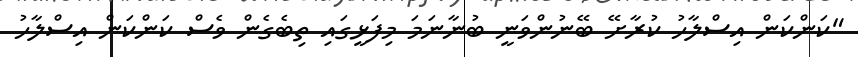
"ކަންކަން އިސްލާހު ކުރާށޭ ބޭނުންވަނީ ބުނާނަމަ މިފަޅީގައި ތިބެގެން ވެސް ކަންކަން އިސްލާހު